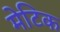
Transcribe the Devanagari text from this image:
मेटिक